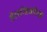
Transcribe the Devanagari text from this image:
हेलसिंकीला